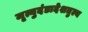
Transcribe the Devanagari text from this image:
मृत्युदंडादेशतुल्य